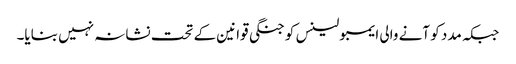
جبکہ مدد کو آنے والی ایمبولینس کو جنگی قوانین کے تحت نشانہ نہیں بنایا۔